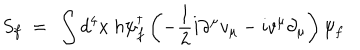
S _ { f } ~ = ~ \int d ^ { 4 } x ~ h \psi _ { f } ^ { \dagger } \left( - \frac { 1 } { 2 } i \partial ^ { \mu } v _ { \mu } - i v ^ { \mu } \partial _ { \mu } \right) \psi _ { f }